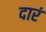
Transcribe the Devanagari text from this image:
दारं